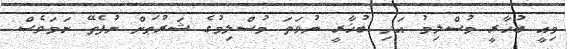
މިއީ ބުޚާރީ މުސްލިމު އަދި ބުޚާރީ ނުވަތަ މުސްލިމުގެ ޝަރުޠަށް ނުފެތޭ ނަމަވެސް